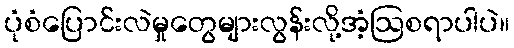
ပုံစံပြောင်းလဲမှုတွေများလွန်းလို့အံ့ဩစရာပါပဲ။